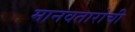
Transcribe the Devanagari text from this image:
मानवतारोची